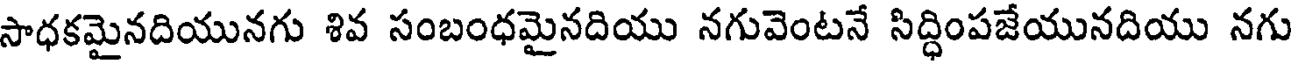
సాధకమైనదియునగు శివ సంబంధమైనదియు నగువెంటనే సిద్ధింపజేయునదియు నగు